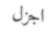
اجزل